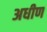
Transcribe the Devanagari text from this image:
अधीण